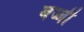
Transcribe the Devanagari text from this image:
बज्जी